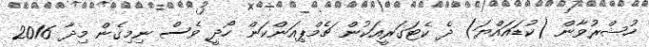
ހުޝްރުވާން (ކުޑައައްޔަ) ދެ ކެޓަގަރީއަކުން ޗެމްޕިއަންކަން ހޯދީ ވެސް ނިމިގެން މިދާ 2016